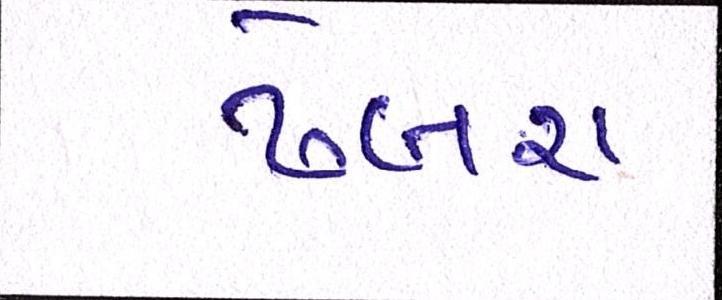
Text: ઢેબર